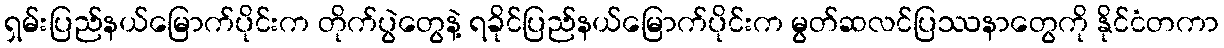
ရှမ်းပြည်နယ်မြောက်ပိုင်းက တိုက်ပွဲတွေနဲ့ ရခိုင်ပြည်နယ်မြောက်ပိုင်းက မွတ်ဆလင်ပြဿနာတွေကို နိုင်ငံတကာ